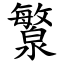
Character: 瀪